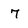
Character: 7